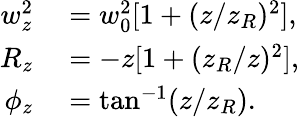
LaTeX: \begin{array}{rl}{w_{z}^{2}}&{{}=w_{0}^{2}[1+(z/z_{R})^{2}],}\\ {R_{z}}&{{}=-z[1+(z_{R}/z)^{2}],}\\ {\phi_{z}}&{{}=\tan^{-1}(z/z_{R}).}\end{array}